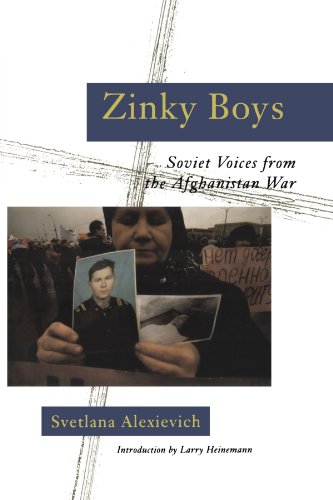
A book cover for Zinky Boys: Soviet Voices from the Afghanistan War; Svetlana Alexievich; History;